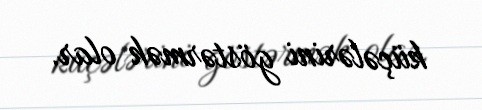
küçələrini göstərmək olar.